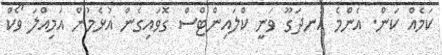
ކަމެއް ކަން. އެންމެ އުނދަގޫ ވަނީ ކްލައިންޓްސް ގޮވައިގެން އުޅެމުން އަމިއްލަ ވޯކް